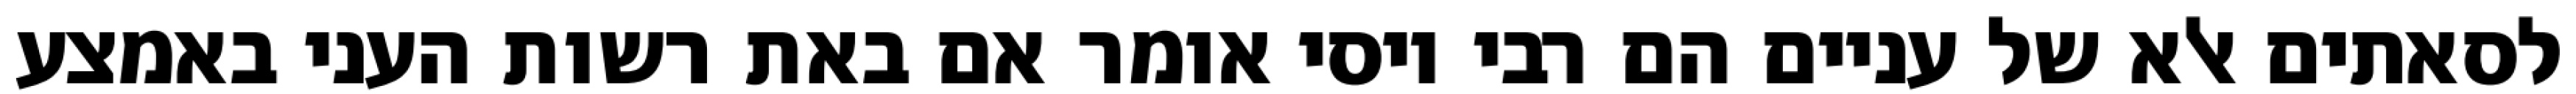
לסאתים אלא של עניים הם רבי יוסי אומר אם באת רשות העני באמצע